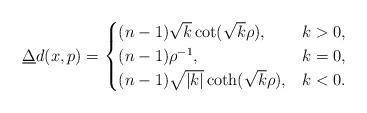
LaTeX: \begin{align*}\underline{\Delta}d(x,p)=\begin{cases}(n-1)\sqrt{k}\cot(\sqrt{k}\rho),& k>0,\\ (n-1)\rho^{-1},&k=0,\\(n-1)\sqrt{|k|}\coth(\sqrt{k}\rho),& k<0. \end{cases}\end{align*}